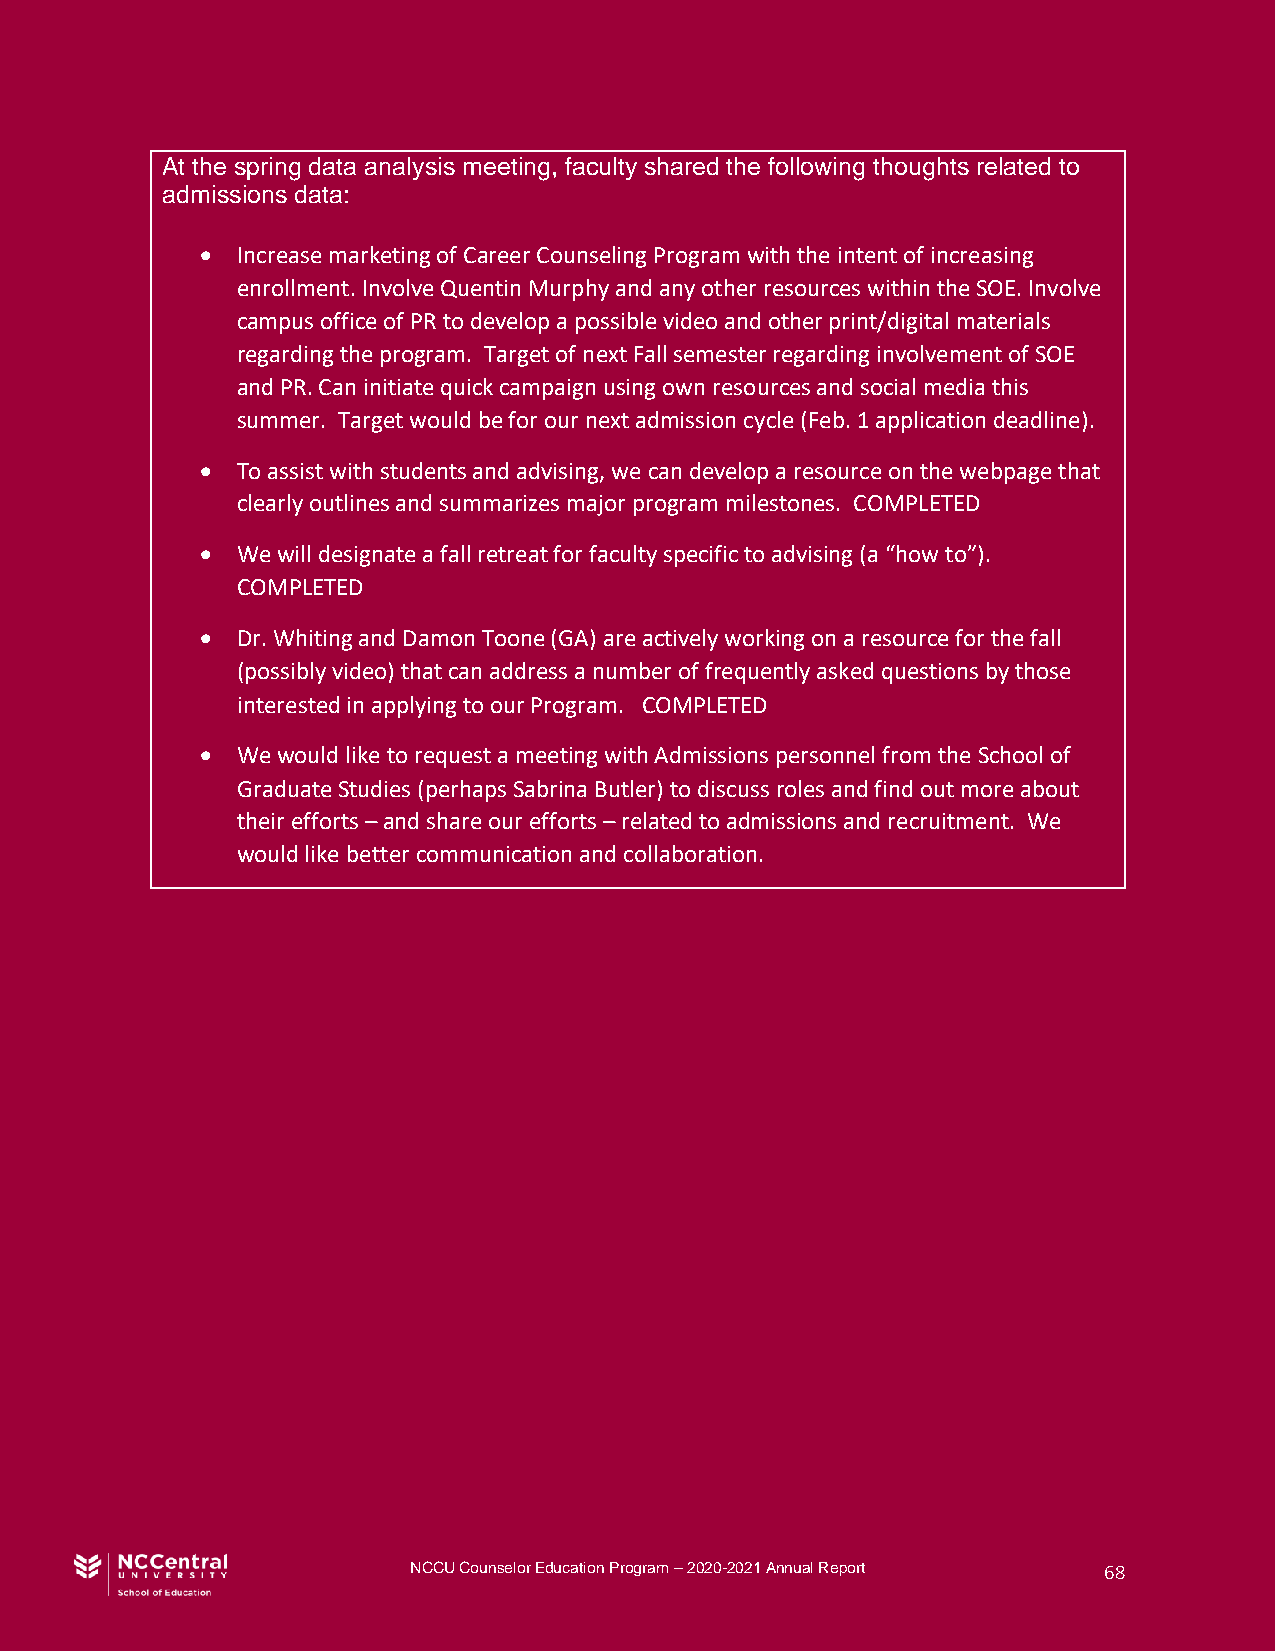
At the spring data analysis meeting, faculty shared the following thoughts related to
 admissions data:
 •  Increase marketing of Career Counseling Program with the intent of increasing
 enrollment. Involve Quentin Murphy and any other resources within the SOE. Involve
 campus office of PR to develop a possible video and other print/digital materials
 regarding the program. Target of next Fall semester regarding involvement of SOE
 and PR. Can initiate quick campaign using own resources and social media this
 summer. Target would be for our next admission cycle (Feb. 1 application deadline).
 •  To assist with students and advising, we can develop a resource on the webpage that
 clearly outlines and summarizes major program milestones. COMPLETED
 •  We will designate a fall retreat for faculty specific to advising (a “how to”).
 COMPLETED
 •  Dr. Whiting and Damon Toone (GA) are actively working on a resource for the fall
 (possibly video) that can address a number of frequently asked questions by those
 interested in applying to our Program. COMPLETED
 •  We would like to request a meeting with Admissions personnel from the School of
 Graduate Studies (perhaps Sabrina Butler) to discuss roles and find out more about
 their efforts – and share our efforts – related to admissions and recruitment. We
 would like better communication and collaboration.
 NCCU Counselor Education Program – 2020-2021 Annual Report 68